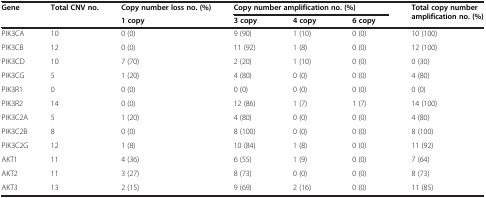
<table><thead><tr><td rowspan="2"><b>Gene</b></td><td rowspan="2"><b>Total CNV no.</b></td><td><b>Copy number loss no. (%)</b></td><td colspan="3"><b>Copy number amplification no. (%)</b></td><td rowspan="2"><b>Total copy number amplification no. (%)</b></td></tr><tr><td><b>1 copy</b></td><td><b>3 copy</b></td><td><b>4 copy</b></td><td><b>6 copy</b></td></tr></thead><tbody><tr><td>PIK3CA</td><td>10</td><td>0 (0)</td><td>9 (90)</td><td>1 (10)</td><td>0 (0)</td><td>10 (100)</td></tr><tr><td>PIK3CB</td><td>12</td><td>0 (0)</td><td>11 (92)</td><td>1 (8)</td><td>0 (0)</td><td>12 (100)</td></tr><tr><td>PIK3CD</td><td>10</td><td>7 (70)</td><td>2 (20)</td><td>1 (10)</td><td>0 (0)</td><td>0 (30)</td></tr><tr><td>PIK3CG</td><td>5</td><td>1 (20)</td><td>4 (80)</td><td>0 (0)</td><td>0 (0)</td><td>4 (80)</td></tr><tr><td>PIK3R1</td><td>0</td><td>0 (0)</td><td>0 (0)</td><td>0 (0)</td><td>0 (0)</td><td>0 (0)</td></tr><tr><td>PIK3R2</td><td>14</td><td>0 (0)</td><td>12 (86)</td><td>1 (7)</td><td>1 (7)</td><td>14 (100)</td></tr><tr><td>PIK3C2A</td><td>5</td><td>1 (20)</td><td>4 (80)</td><td>0 (0)</td><td>0 (0)</td><td>4 (80)</td></tr><tr><td>PIK3C2B</td><td>8</td><td>0 (0)</td><td>8 (100)</td><td>0 (0)</td><td>0 (0)</td><td>8 (100)</td></tr><tr><td>PIK3C2G</td><td>12</td><td>1 (8)</td><td>10 (84)</td><td>1 (8)</td><td>0 (0)</td><td>11 (92)</td></tr><tr><td>AKT1</td><td>11</td><td>4 (36)</td><td>6 (55)</td><td>1 (9)</td><td>0 (0)</td><td>7 (64)</td></tr><tr><td>AKT2</td><td>11</td><td>3 (27)</td><td>8 (73)</td><td>0 (0)</td><td>0 (0)</td><td>8 (73)</td></tr><tr><td>AKT3</td><td>13</td><td>2 (15)</td><td>9 (69)</td><td>2 (16)</td><td>0 (0)</td><td>11 (85)</td></tr></tbody></table>